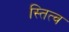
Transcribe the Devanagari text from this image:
स्तित्व